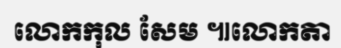
លោកកុល សែម ៕លោកតា